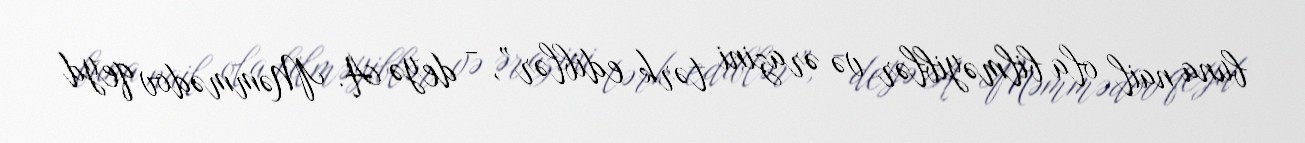
buna nail ola bilməyiblər və ərazini tərk ediblər”, - deyə A. Məmmədov qeyd